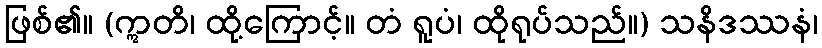
ဖြစ်၏။ (ဣတိ၊ ထို့ကြောင့်။ တံ ရူပံ၊ ထိုရုပ်သည်။) သနိဒဿနံ၊